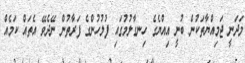
މަދަނީ ޖަމިއްޔާތަކުން ބުނީ އިއްޔެގެ ހިނގާލުމުގައި ފުލުހުންގެ ފަރާތުން ނޭދެވޭ އެތައް ކަމެއް